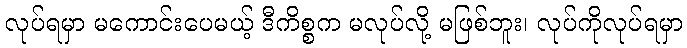
လုပ်ရမှာ မကောင်းပေမယ့် ဒီကိစ္စက မလုပ်လို့ မဖြစ်ဘူး၊ လုပ်ကိုလုပ်ရမှာ